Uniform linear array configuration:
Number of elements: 64
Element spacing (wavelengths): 0.75
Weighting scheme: hamming
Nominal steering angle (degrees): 15
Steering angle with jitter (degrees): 15.947
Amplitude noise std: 0.05
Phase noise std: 0.05

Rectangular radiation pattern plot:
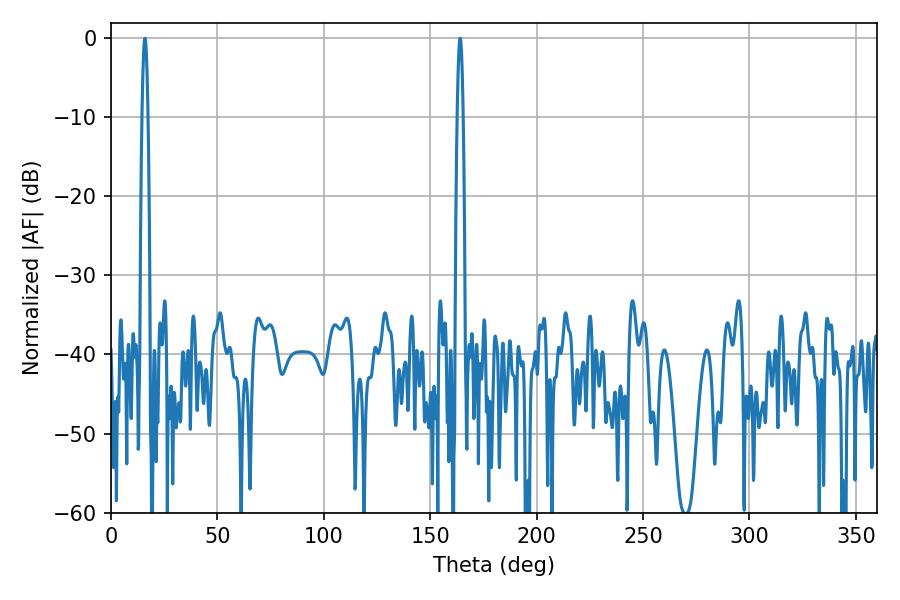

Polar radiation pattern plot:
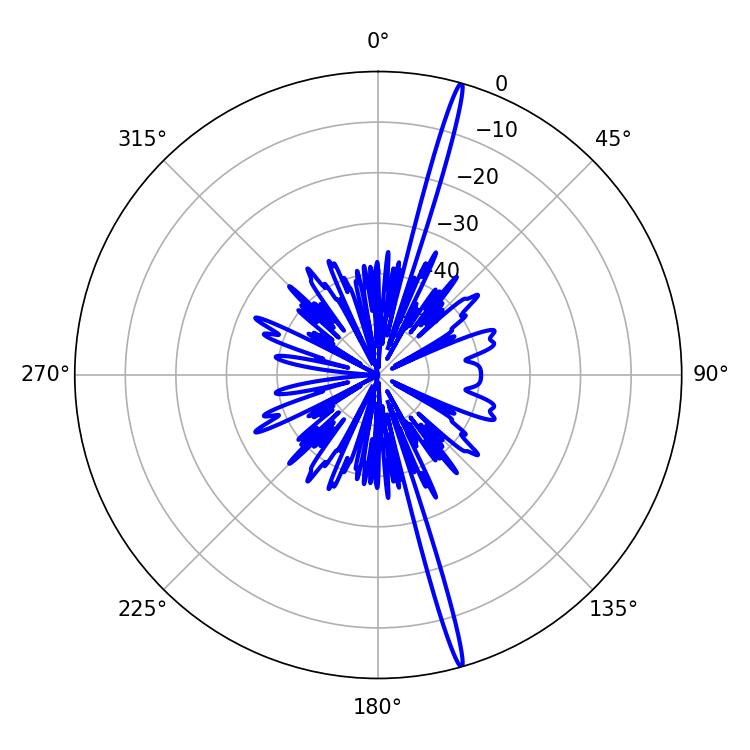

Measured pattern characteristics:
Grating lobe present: TRUE
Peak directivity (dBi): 20.831
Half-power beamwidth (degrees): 1.44
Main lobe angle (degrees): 16.02